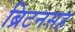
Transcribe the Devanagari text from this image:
ब्रिटनसह